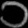
Digit: ၁